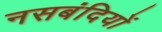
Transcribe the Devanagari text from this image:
नसबंदियों